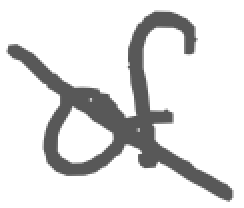
Text: of
Cross-out: diagonal
Writing tool: digital_gray